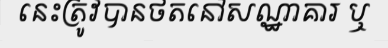
នេះត្រូវបានថតនៅសណ្ឋាគារ ឬ